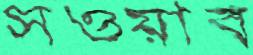
সওয়াব